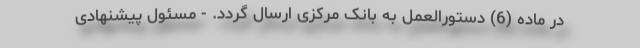
در ماده (6) دستورالعمل به بانک مرکزی ارسال گردد. - مسئول پیشنهادی